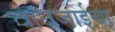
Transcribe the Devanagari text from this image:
वाघजाईचा